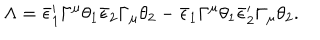
LaTeX: \Lambda = \bar { \epsilon } _ { 1 } ^ { \prime } \Gamma ^ { \mu } \theta _ { 1 } \bar { \epsilon } _ { 2 } \Gamma _ { \mu } \theta _ { 2 } - \bar { \epsilon } _ { 1 } \Gamma ^ { \mu } \theta _ { 1 } \bar { \epsilon } _ { 2 } ^ { \prime } \Gamma _ { \mu } \theta _ { 2 } .